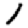
Digit: 1